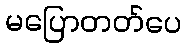
မပြောတတ်ပေ